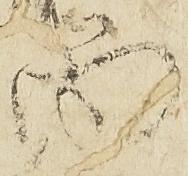
尚